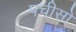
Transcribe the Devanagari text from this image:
पचीसों